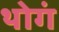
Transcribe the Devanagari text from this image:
थोगं